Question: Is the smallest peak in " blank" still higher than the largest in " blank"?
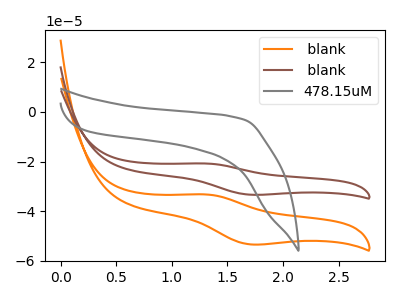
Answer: <think>The orange curve " blank" has an anodic peak at (1.30V, -33.20uA) and a cathodic peak at (1.70V, -53.35uA). The brown curve " blank" has an anodic peak at (1.30V, -20.75uA) and a cathodic peak at (1.70V, -33.35uA). The gray curve "478.15uM" has no peaks.</think>
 <answer>The peaks in " blank" are neither all higher or all lower than the peaks in " blank".</answer>
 <eval>mixed</eval>